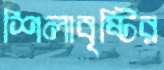
শিলাবৃষ্টির